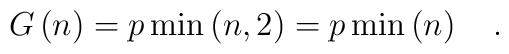
G\left( n\right) =p\min \left( n,2\right) =p\min \left(n\right) \quad .